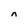
Character: n